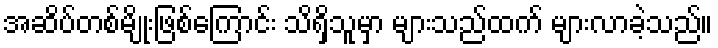
အဆိပ်တစ်မျိုးဖြစ်ကြောင်း သိရှိသူမှာ များသည်ထက် များလာခဲ့သည်။